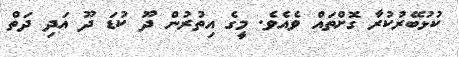
ކުޅުބޭރުކުރާ ގޮށްތައް ވެއެވެ. މީގެ އިތުރުން ދޫ ކުޑަ ދޫ އަދި ދަތް